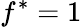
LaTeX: f^{*}=1